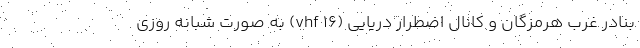
بنادر غرب هرمزگان و کانال اضطرار دریایی (۱۶ vhf) به صورت شبانه روزی